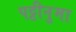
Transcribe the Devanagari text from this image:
पट्टीनुमा